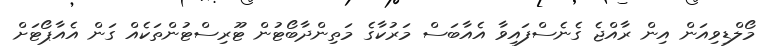
މޯލްޑިވިއަން އިން ރާއްޖެ ގެނެސްފައިވާ އެއާބަސް މަރުކާގެ މަތިންދާބޯޓުން ޓޫރިސްޓުންތަކެއް ގަން އެއާޕޯޓަށް